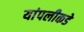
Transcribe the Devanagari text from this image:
यांपलीकडे